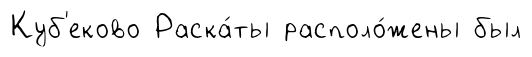
Куб'еково Раска́ты располо́жены был